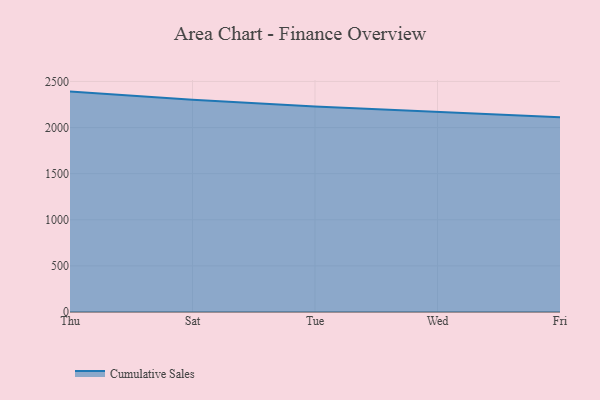
{"axis": {"x": "Day", "y": "Revenue (USD Million)"}, "legend": ["Cumulative Sales"], "data": [{"x": "Thu", "y": 2390.0, "type": "Cumulative Sales"}, {"x": "Sat", "y": 2302.3, "type": "Cumulative Sales"}, {"x": "Tue", "y": 2229.1, "type": "Cumulative Sales"}, {"x": "Wed", "y": 2170.3, "type": "Cumulative Sales"}, {"x": "Fri", "y": 2111.4, "type": "Cumulative Sales"}]}